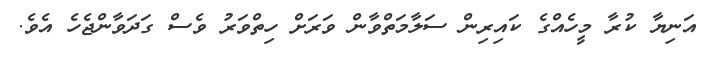
އަނިޔާ ކުރާ މީހެއްގެ ކައިރިން ސަލާމަތްވާން ވަރަށް ހިތްވަރު ވެސް ގަދަވާންޖެހެ އެވެ.